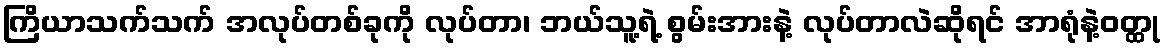
ကြိယာသက်သက် အလုပ်တစ်ခုကို လုပ်တာ၊ ဘယ်သူ့ရဲ့ စွမ်းအားနဲ့ လုပ်တာလဲဆိုရင် အာရုံနဲ့ဝတ္ထု